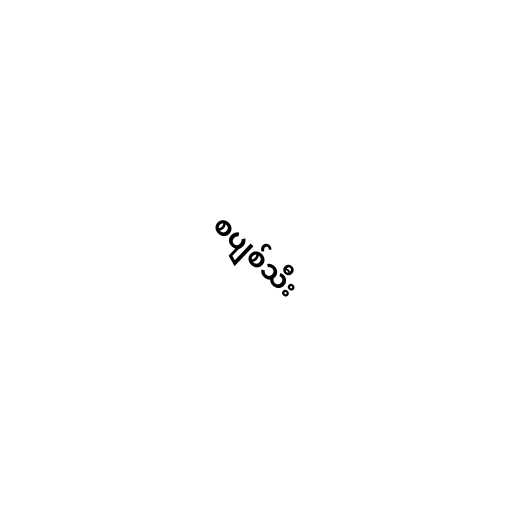
စပျစ်သီး